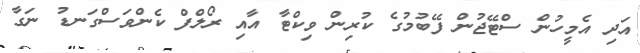
އަދި އެމީހުން ސްޓޭޖުން ފޭބުމުގެ ކުރިން ވިކްޓާ އާއި ރޯލްފް ކެންވަސްގަނޑު ނަގާ